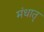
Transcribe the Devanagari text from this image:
मंधातृ